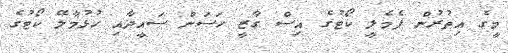
މީގެ އިތުރުން ފެމެލީ ކޯޓުގެ އިސް ގާޒީ ހަސަން ސައީދާއި ހުޅުމާލޭ ކޯޓުގެ